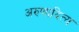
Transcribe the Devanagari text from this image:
अरुणादित्य